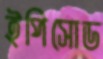
ইপিসোড